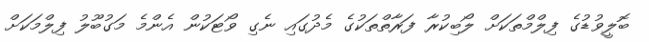
ބޮލީވުޑުގެ ފިލްމްތަކަށް ލޯބިކުރާ ފަރާތްތަކުގެ މެދުގައި ނެގި ވޯޓަކުން އެންމެ މަގުބޫލު ފިލްމަކަށް